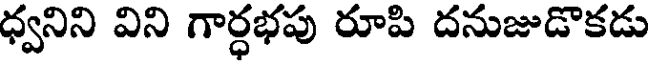
ధ్వనిని విని గార్ధభపు రూపి దనుజుడొకడు